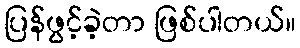
ပြန်ဖွင့်ခဲ့တာ ဖြစ်ပါတယ်။